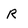
Character: R